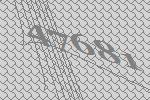
47681